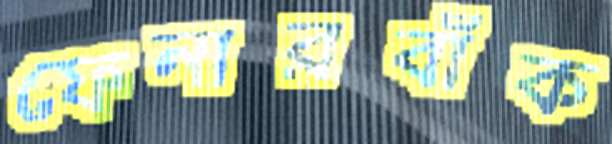
ফেনারবাঁক